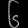
Digit: ၆